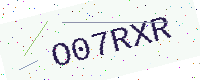
Text: O07RXR